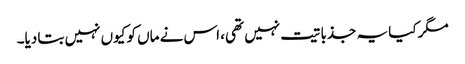
مگر کیا یہ جذباتیت نہیں تھی، اس نے ماں کو کیوں نہیں بتا دیا۔